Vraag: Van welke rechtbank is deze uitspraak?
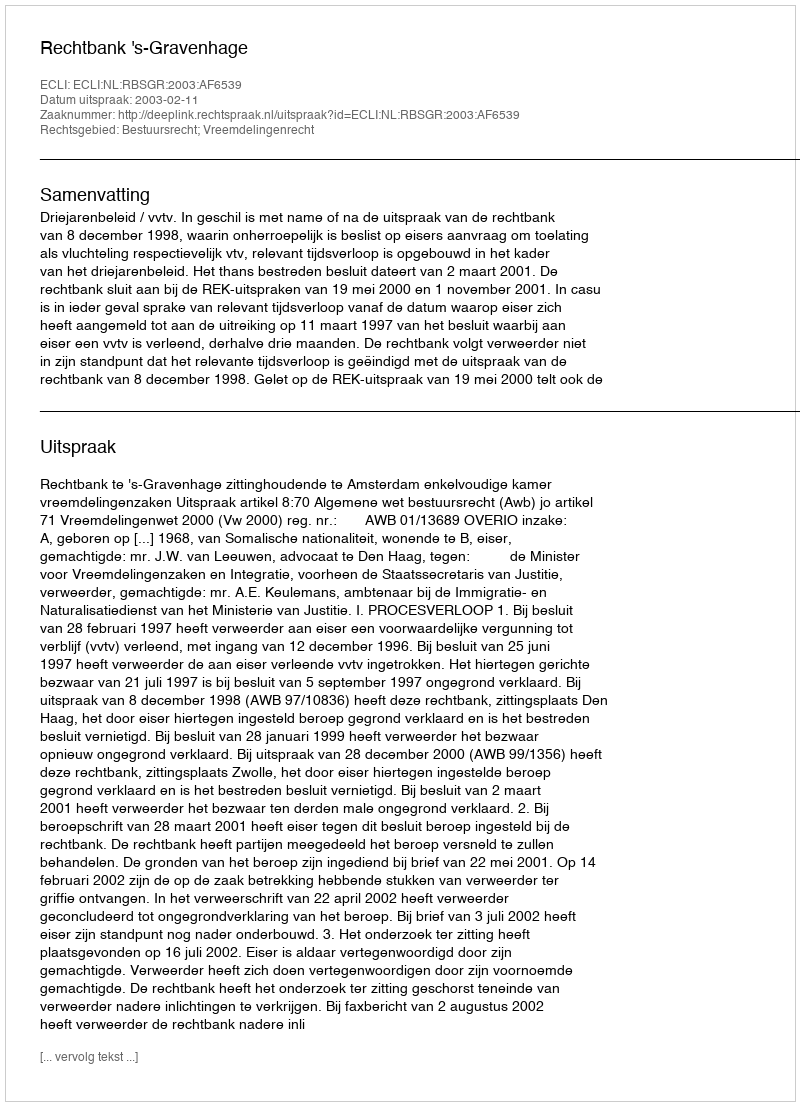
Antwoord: Rechtbank 's-Gravenhage